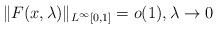
LaTeX: \begin{align*}\|F(x,\lambda)\|_{L^\infty[0,1]}=o(1), \lambda\to 0\end{align*}